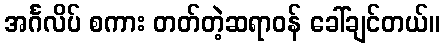
အင်္ဂလိပ် စကား တတ်တဲ့ဆရာဝန် ခေါ်ချင်တယ်။